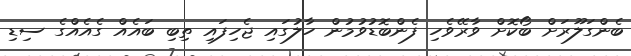
ބެންގަލޫރަށް ބޯކޮށް ވާރޭވެހި ފެންބޮޑުވުމުން ހާލުގައި ޖެހިފައި ތިބި ބައެއް ގެއެއްގެ ސިޑި